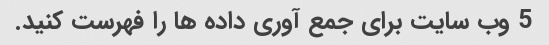
5 وب سایت برای جمع آوری داده ها را فهرست کنید.